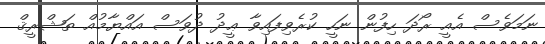
ނަމަވެސް އެއީ ރޯދަ ހިފުން ނަހީ ކުރެވިފައިވާ ޢީދު ދުވަސް އައްޔާމުއް ތަޝްރީޤް